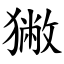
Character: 獙